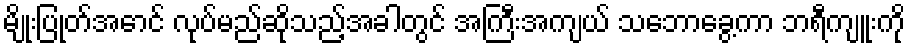
မျိုးပြုတ်အောင် လုပ်မည်ဆိုသည့်အခါတွင် အကြီးအကျယ် သဘောခွေ့ကာ ဘရီကျူးကို